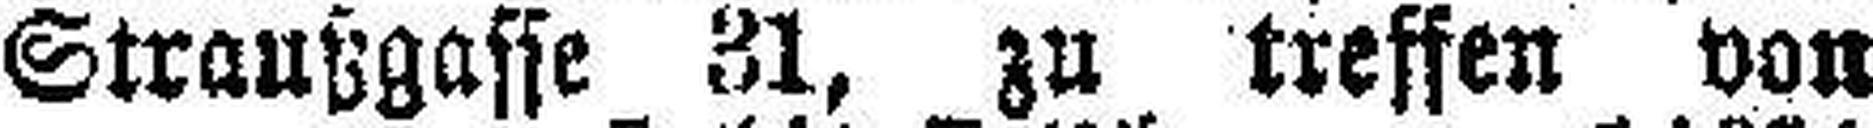
Straußgasse 31, zu treffen von